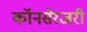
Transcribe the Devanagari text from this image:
कॉनसेरजरी